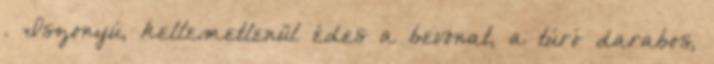
. Iszonyú, kellemetlenül édes a bevonat, a túró darabos,